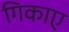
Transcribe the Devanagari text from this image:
गिकाए